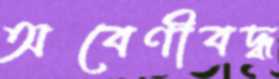
অবেণীবদ্ধ